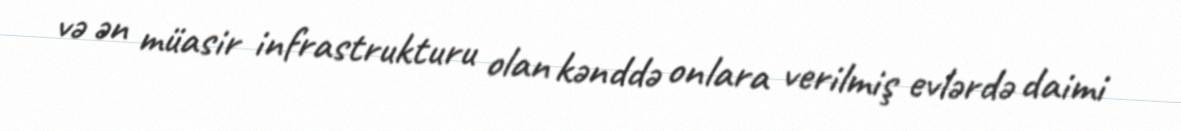
və ən müasir infrastrukturu olan kənddə onlara verilmiş evlərdə daimi